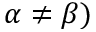
\alpha \neq \beta )